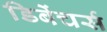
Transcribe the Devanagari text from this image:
डिबेंचर्स